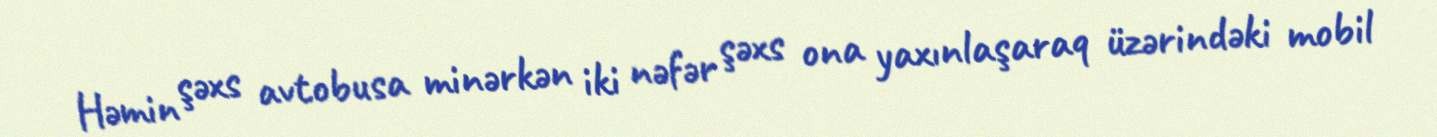
Həmin şəxs avtobusa minərkən iki nəfər şəxs ona yaxınlaşaraq üzərindəki mobil